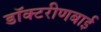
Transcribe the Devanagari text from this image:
डॉक्टरीणबाई